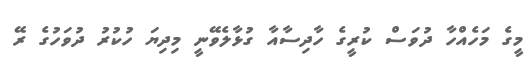
މީގެ މަހެއްހާ ދުވަސް ކުރީގެ ހާދިސާއާ ގުޅާލެވޭނީ މިދިޔަ ހުކުރު ދުވަހުގެ ރޭ